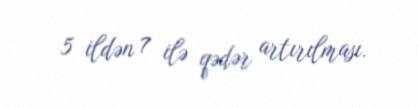
5 ildən 7 ilə qədər artırılması.